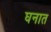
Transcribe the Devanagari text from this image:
घनात